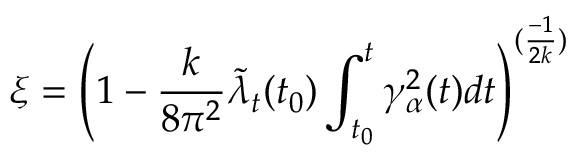
\xi = \left( 1 - \frac { k } { 8 \pi ^ { 2 } } { \tilde { \lambda } } _ { t } ( t _ { 0 } ) \int _ { t _ { 0 } } ^ { t } \gamma _ { \alpha } ^ { 2 } ( t ) d t \right) ^ { ( \frac { - 1 } { 2 k } ) }